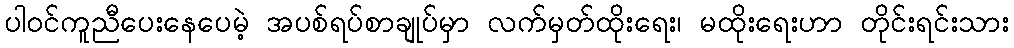
ပါဝင်ကူညီပေးနေပေမဲ့ အပစ်ရပ်စာချုပ်မှာ လက်မှတ်ထိုးရေး၊ မထိုးရေးဟာ တိုင်းရင်းသား